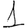
Digit: 1